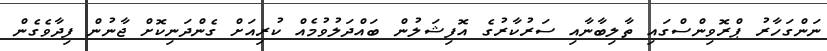
ނަންގަހާރު ޕްރޮވިންސްގައި ތާލިބާނާއި ސަރުކާރުގެ އޮފިޝަލުން ބައްދަލުވުމެއް ކުރިއަށް ގެންދަނިކޮށް ޖާނުން ފިދާވެގެން